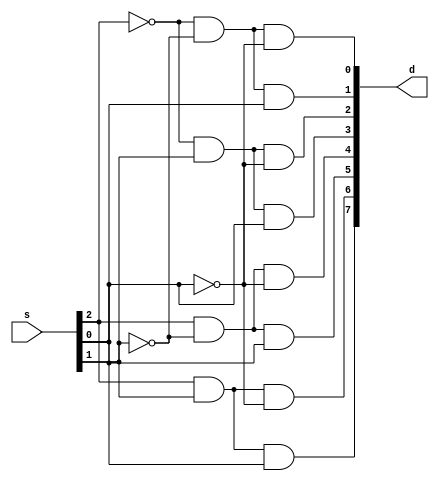
module decode8_3    (s,d);

input [2:0] s;
output [7:0] d;

assign d[0] = ~s[2]&~s[1]&~s[0]; 
assign d[1] = ~s[2]&~s[1]&s[0];
assign d[2] = ~s[2]&s[1]&~s[0];
assign d[3] = ~s[2]&s[1]&s[0];
assign d[4] = s[2]&~s[1]&~s[0];
assign d[5] = s[2]&~s[1]&s[0];
assign d[6] = s[2]&s[1]&~s[0];
assign d[7] = s[2]&s[1]&s[0];

endmodule